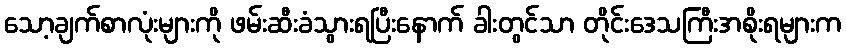
သော့ချက်စာလုံးများကို ဖမ်းဆီးခံသွားရပြီးနောက် ခါးတွင်သာ တိုင်းဒေသကြီးအစိုးရများက